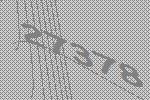
27378